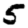
Digit: 5